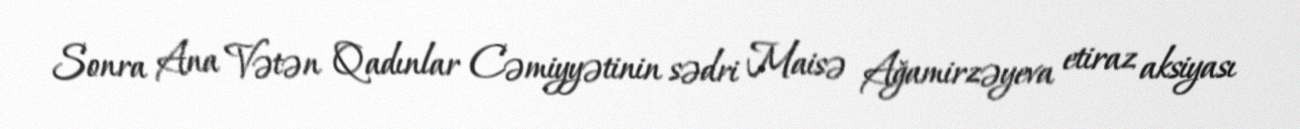
Sonra Ana Vətən Qadınlar Cəmiyyətinin sədri Maisə Ağamirzəyeva etiraz aksiyası